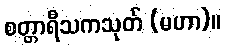
စတ္တာရီသကသုတ် (မဟာ)။